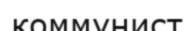
коммунист